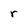
Character: r